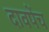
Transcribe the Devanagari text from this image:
दावपेंच